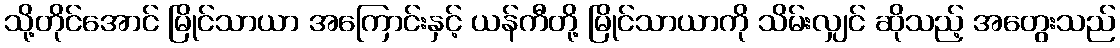
သို့တိုင်အောင် မြိုင်သာယာ အကြောင်းနှင့် ယန်ကီတို့ မြိုင်သာယာကို သိမ်းလျှင် ဆိုသည့် အတွေးသည်